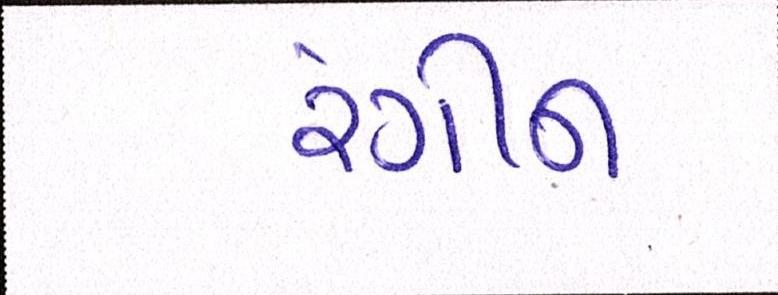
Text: રંગીન